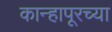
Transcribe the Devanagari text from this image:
कान्हापूरच्या